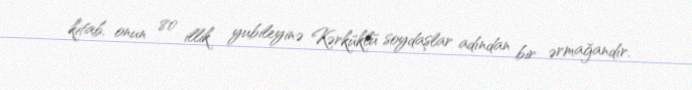
kitab, onun 80 illik yubileyinə Kərküklü soydaşlar adından bir ərmağandır.